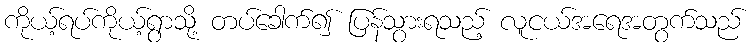
ကိုယ့်ရပ်ကိုယ့်ရွာသို့ တပ်ခေါက်၍ ပြန်သွားရသည့် လူငယ်အရေအတွက်သည်